Civil Veterinary Department Bihar & Orissa reports 1922-29 - 1922-1929
Year: 1922
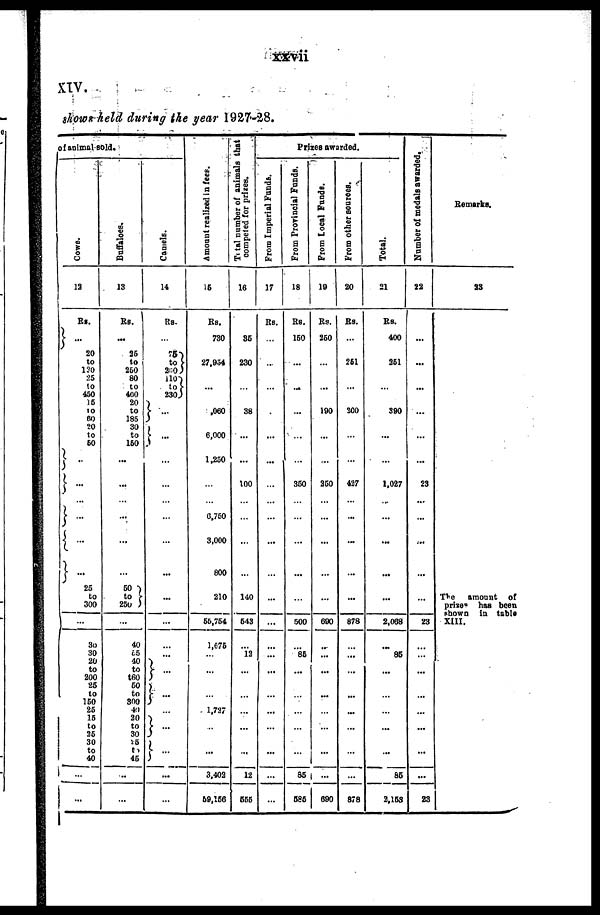
xxvii
XIV.
shown held during the year 1927–28.
of animal sold.
Cows.
13
Rs.
20
to
120
25
to
450
15
to
60
20
to
50
...
...
...
...
...
...
25
to
300
...
30
30
20
to
200
25
to
150
25
15
to
25
30
to
40
...
...
Buffaloes.
13
Rs.
25
to
260
80
to
400
20
to
185
30
to
150
...
...
...
...
...
50
to
250
...
40
25
40
to
t60
50
to
300
40
20
to
30
26
to
46
Camels.
14
Rs.
25
to
160 110
to
230 ...
...
...
...
...
...
...
...
...
...
...
...
...
...
...
...
...
Amount realized in fees.
15
Rs.
730
27,954
...
,060
6,000
1,250
...
...
6,750
3,000
800
210
55,754
1,675
1,727
...
3,403
69,156
Total
number of animals that
competed for prizes.
16
35
230
38
100
140
543
12
12
555
Prizes awarded.
From Imperial Funds.
17
..-
...
...
...
...
...
...
...
...
...
...
...
From Provincial Funds.
From Local Fundi.
From other sources.
18
10
Rs.
160
...
350
500
86
Rs.
260
...
190
260
690
...
...
85
...
686
690
20
Rs.
261
200
427
...
-
878
...
...
878
Total.
21
Rs.
400
251
380
1,027
-
...
...
2,068
86
66
3,153
Number of medals awarded.
22
...
...
23
...
23
...
...
...
23
Remarks,
23
The
amount
of
prise* has been
shown
in table
XIII.
1